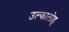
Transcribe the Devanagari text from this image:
उल्कालोह